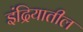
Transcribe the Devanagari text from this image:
इंद्रियातील